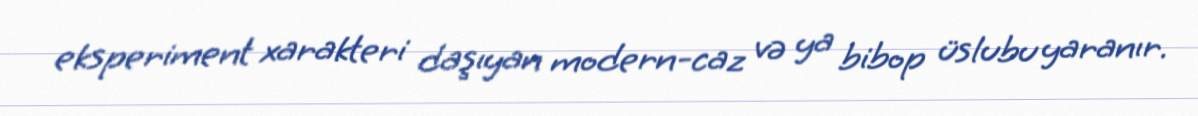
eksperiment xarakteri daşıyan modern-caz və ya bibop üslubu yaranır.